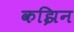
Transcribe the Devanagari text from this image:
कझिन